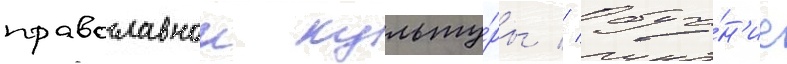
православнои культу́ры // Обуче́н'ие